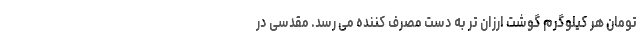
تومان هر کیلوگرم گوشت ارزان تر به دست مصرف کننده می رسد. مقدسی در